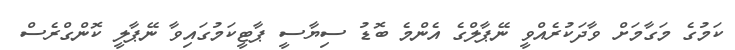
ކަމުގެ މަގާމަށް ވާދަކުރެއްވީ ނޭޕާލްގެ އެންމެ ބޮޑު ސިޔާސީ ޕާޓީކަމުގައިވާ ނޭޕާލީ ކޮންގްރެސް